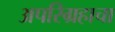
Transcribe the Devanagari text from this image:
अपरिग्रहाचा